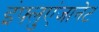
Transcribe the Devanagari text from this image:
इंफ्लुएंजानेट